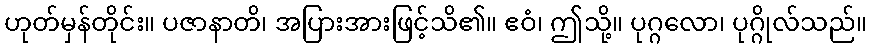
ဟုတ်မှန်တိုင်း။ ပဇာနာတိ၊ အပြားအားဖြင့်သိ၏။ ဧဝံ၊ ဤသို့။ ပုဂ္ဂလော၊ ပုဂ္ဂိုလ်သည်။